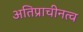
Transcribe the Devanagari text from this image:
अतिप्राचीनत्व